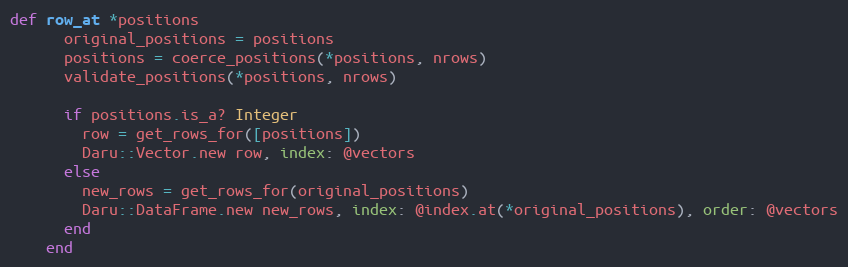
Language: Ruby
def row_at *positions
      original_positions = positions
      positions = coerce_positions(*positions, nrows)
      validate_positions(*positions, nrows)

      if positions.is_a? Integer
        row = get_rows_for([positions])
        Daru::Vector.new row, index: @vectors
      else
        new_rows = get_rows_for(original_positions)
        Daru::DataFrame.new new_rows, index: @index.at(*original_positions), order: @vectors
      end
    end